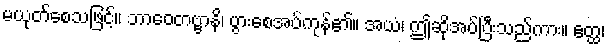
မယုတ်စေသဖြင့်။ ဘာဝေတဗ္ဗာနိ၊ ပွားစေအပ်ကုန်၏။ အယံ၊ ဤဆိုအပ်ပြီးသည်ကား။ ဧတ္ထ၊